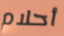
أحلام